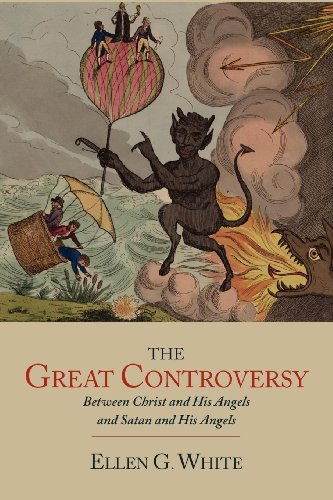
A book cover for The Great Controversy between Christ and His Angels and Satan and His Angels; Ellen G. White; Christian Books & Bibles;